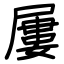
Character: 屢